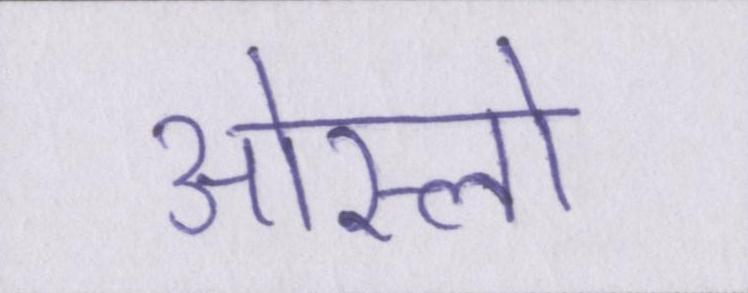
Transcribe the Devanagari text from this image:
ओस्लो